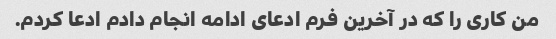
من کاری را که در آخرین فرم ادعای ادامه انجام دادم ادعا کردم.